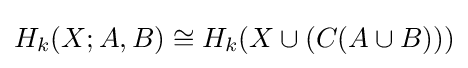
H_{k}(X;A,B)\cong H_{k}(X\cup (C(A\cup B)))